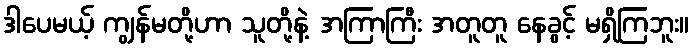
ဒါပေမယ့် ကျွန်မတို့ဟာ သူတို့နဲ့ အကြာကြီး အတူတူ နေခွင့် မရှိကြဘူး။